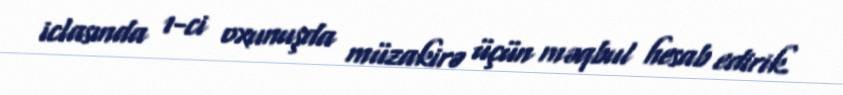
iclasında 1-ci oxunuşda müzakirə üçün məqbul hesab edirik.